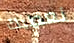
نعطيك